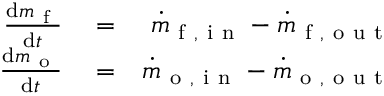
\begin{array} { r l r } { \frac { \mathrm { d } m _ { \mathrm { ~ f ~ } } } { \mathrm { d } t } } & { { } = } & { \dot { m } _ { \mathrm { ~ f ~ , ~ i ~ n ~ } } - \dot { m } _ { \mathrm { ~ f ~ , ~ o ~ u ~ t ~ } } } \\ { \frac { \mathrm { d } m _ { \mathrm { ~ o ~ } } } { \mathrm { d } t } } & { { } = } & { \dot { m } _ { \mathrm { ~ o ~ , ~ i ~ n ~ } } - \dot { m } _ { \mathrm { ~ o ~ , ~ o ~ u ~ t ~ } } } \end{array}